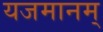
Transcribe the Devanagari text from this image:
यजमानम्‌